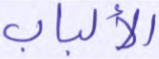
الألباب